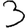
Digit: 3